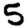
Digit: 5